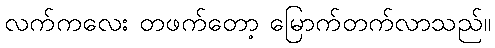
လက်ကလေး တဖက်တော့ မြောက်တက်လာသည်။